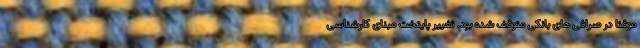
موقتاً در صرافی های بانکی متوقف شده بود. تغییر پایتخت مبنای کارشناسی